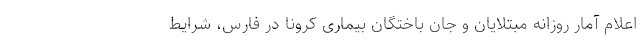
اعلام آمار روزانه مبتلایان و جان باختگان بیماری کرونا در فارس، شرایط